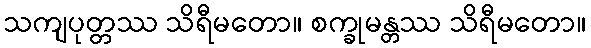
သကျပုတ္တဿ သိရီမတော။ စက္ခုမန္တဿ သိရီမတော။